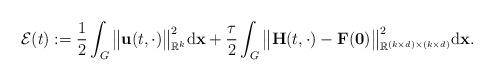
LaTeX: \begin{align*}\mathcal{E}(t) :=\frac{1}{2} \int_{G} \big\|\mathbf{u}(t, \cdot)\big\|_{\mathbb{R}^{k}}^{2} \mathrm{d}\mathbf{x} +\frac{\tau}{2} \int_{G} \big\|\mathbf{H}(t, \cdot) - \mathbf{F}(\mathbf{0})\big\|_{\mathbb{R}^{(k \times d) \times (k \times d)}}^{2} \mathrm{d}\mathbf{x}.\end{align*}